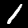
Digit: 1